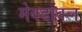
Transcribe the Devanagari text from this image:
मेक्डावल